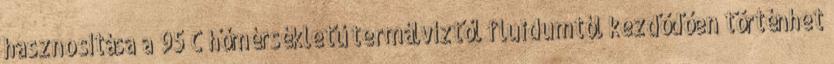
hasznosítása a 95 C hőmérsékletű termálvíztől fluidumtól kezdődően történhet